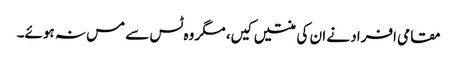
مقامی افراد نے ان کی منتیں کیں، مگر وہ ٹس سے مس نہ ہوئے۔